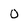
Character: 0